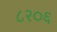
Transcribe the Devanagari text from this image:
८२०६